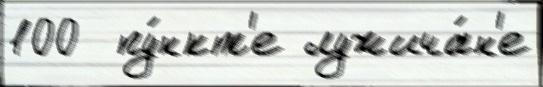
100  пу́нкт'е лужича́н'е